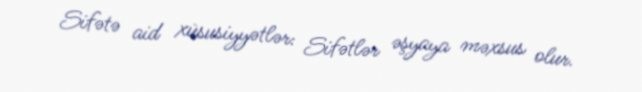
Sifətə aid xüsusiyyətlər: Sifətlər əşyaya məxsus olur.